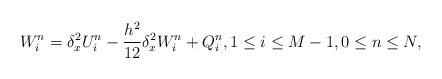
\begin{align*} W_i^n=\delta_x^2 U_i^n-\frac{h^2}{12}\delta_x^2 W_i^n+Q_i^n,1\leq i \leq M-1,0\leq n\leq N, \end{align*}